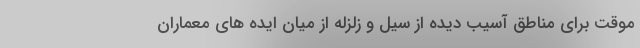
موقت برای مناطق آسیب دیده از سیل و زلزله از میان ایده های معماران